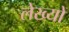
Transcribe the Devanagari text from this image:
लेख्यों